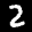
Label: 2